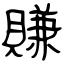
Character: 賺